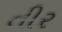
તીર